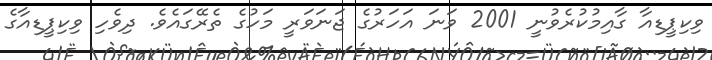
ވިކިޕީޑިއާ ގާއިމުކުރެވުނީ 2001 ވަނަ އަހަރުގެ ޖަނަވަރީ މަހުގެ ތެރޭގައެވެ. ދިވެހި ވިކިޕީޑިއާގެ